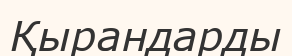
Қырандарды